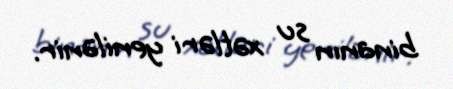
binanın su xətləri yenilənir.